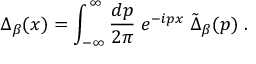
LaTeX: \Delta _ { \beta } ( x ) = \int _ { - \infty } ^ { \infty } { \frac { d p } { 2 \pi } } \; e ^ { - i p x } \; \tilde { \Delta } _ { \beta } ( p ) \; .